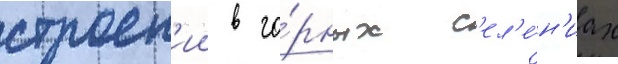
строен'ии в го́рных с'ел'е́н'иах